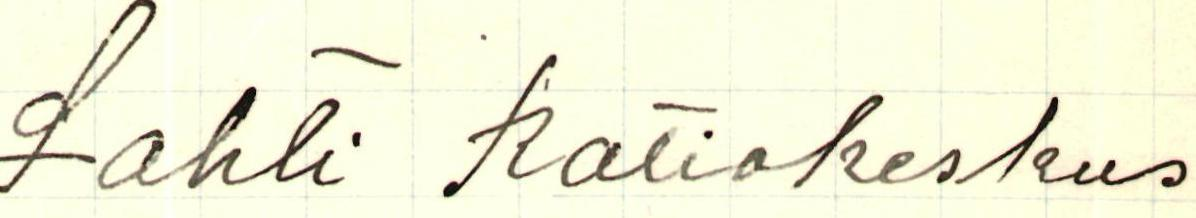
Lahti Ratiokeskus